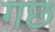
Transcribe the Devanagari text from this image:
गछ